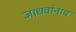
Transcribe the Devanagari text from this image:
जाधवांनाच